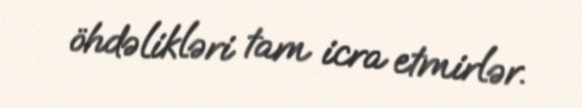
öhdəlikləri tam icra etmirlər.